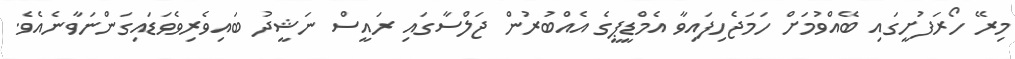
މިރޭ ހޯރަފުށީގައި ބޭއްވުމަށް ހަމަޖެހިފައިވާ އެމްޑީޕީގެ އެއްބުރުން ޖަލްސާގައި ރައީސް ނަޝީދު ބައިވެރިވެވަޑައިގަންނަވާނެއެވެ.